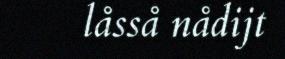
låsså nådijt